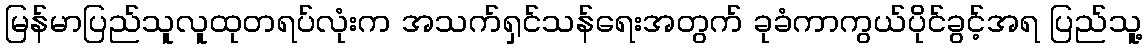
မြန်မာပြည်သူလူထုတရပ်လုံးက အသက်ရှင်သန်ရေးအတွက် ခုခံကာကွယ်ပိုင်ခွင့်အရ ပြည်သူ့